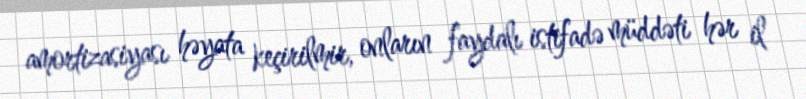
amortizasiyası həyata keçirilmir, onların faydalı istifadə müddəti hər il